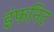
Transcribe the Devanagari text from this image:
इंफनिट